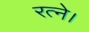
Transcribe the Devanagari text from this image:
रत्ने।